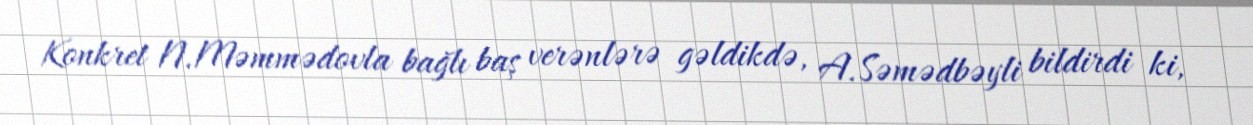
Konkret N.Məmmədovla bağlı baş verənlərə gəldikdə, A.Səmədbəyli bildirdi ki,